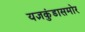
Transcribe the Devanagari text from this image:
यज्ञकुंडासमोर